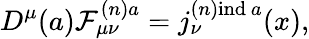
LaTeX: D^{\mu}(a)\mathcal{F}_{\mu\nu}^{(n)a}=j_{\nu}^{(n)\mathrm{{ind}}\ a}(x),